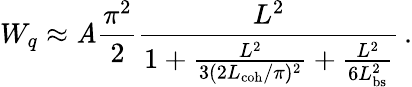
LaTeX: W_{q}\approx\mathit{A}\frac{{\pi^{2}}}{{2}}\frac{{L^{2}}}{{1+\frac{{L^{2}}}{{3(2L_{\mathrm{{coh}}}/\pi)^{2}}}+\frac{{L^{2}}}{{6L_{\mathrm{{bs}}}^{2}}}}}\, .